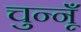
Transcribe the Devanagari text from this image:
चुन्नूँ